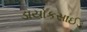
ડાયોકસાઈડ